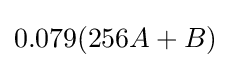
0.079(256A+B)